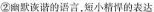
②幽默诙谐的语言，短小精悍的表达